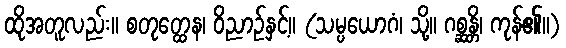
ထိုအတူလည်း။ စတုတ္ထေန၊ ဝိညာဉ်နှင့်။ (သမ္ပယောဂံ၊ သို့။ ဂစ္ဆန္တိ၊ ကုန်၏။)